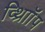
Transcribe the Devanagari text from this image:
व्थ्राॉिंप